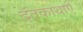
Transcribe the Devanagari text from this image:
दंतकाथाएँ